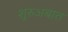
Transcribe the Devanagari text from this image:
शुरुअबात